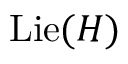
\operatorname { L i e } ( H )